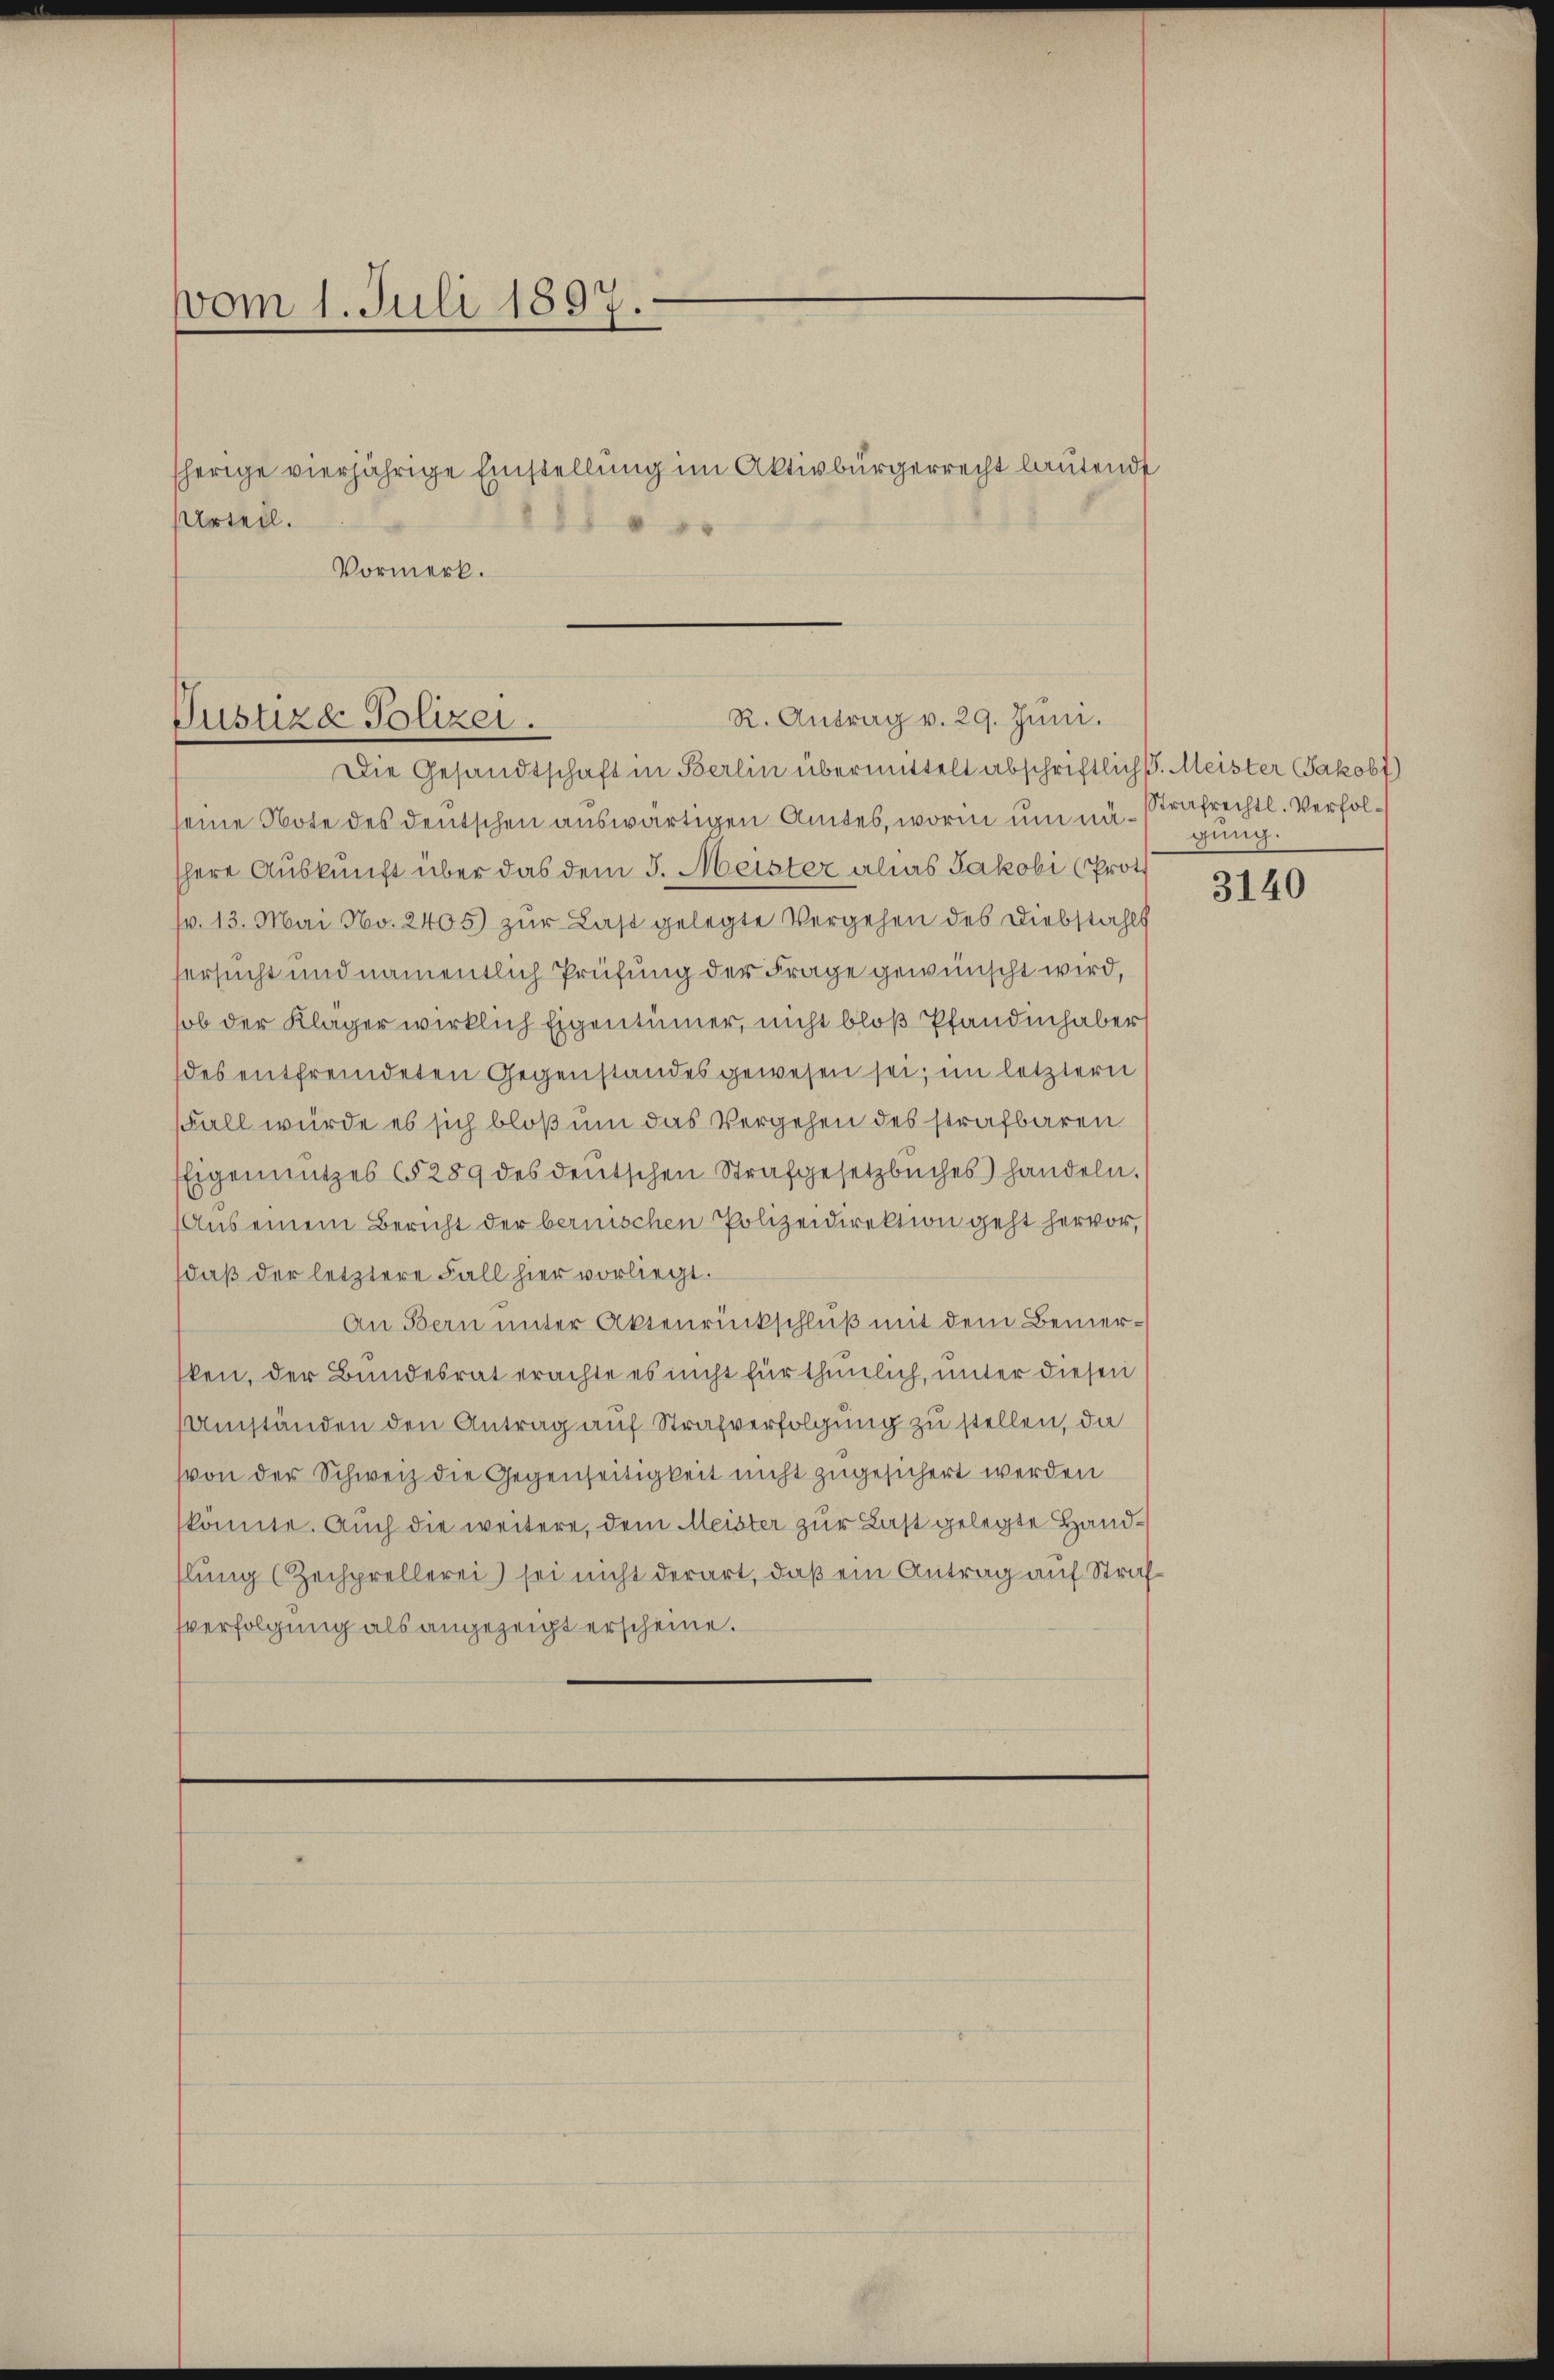
vom 1. Juli 1897.

sherige vierjährige Einstellung im Aktivbürgerrecht lautende
Urteil.
Vormerk.

R. Antrag v. 29. Juni.
Justiza Polizei.
Die Gesandtschaft in Berlin übermittelt abschriftlich. Meister Jakobt)

seine Note des deutschen auswärtigen Amtes, worin um näshere Auskunft über das dem J. Meister alias Jakobi (Prot
pr. 13. Mai No. 2405) zur Last gelegte Vergehen des Diebstahls
fersucht und namentlich Prüfung der Frage gewünscht wird,
sob der Kläger wirklich Eigentümer, nicht bloß Pfandinhaber
des entfremdeten Gegenstandes gewesen sei, im letztern
FFall würde es sich bloß um das Vergehen des strafbaren
Eigennutzes §§ 289 des deutschen Strafgesetzbuches) handeln.
Aus einem Bericht der bernischen Polizeidirektion geht hervor,
daβ der letztere Fall hier vorliegt.
An Bern unter Aktenrückschluß mit dem Bemerken, der Bundesrat erachte es nicht für thunlich, unter diesen
Umständen den Antrag auf Strafverfolgung zu stellen, da
von der Schweiz die Gegenseitigkeit nicht zugesichert werden
könnte. Auch die weitere, dem Meister zur Last gelegte Handslung (Zechprellerei) sei nicht derart, daß ein Antrag auf Strafsverfolgung als angezeigt erscheine.

Strafrechtl. Verfolgung.

3140